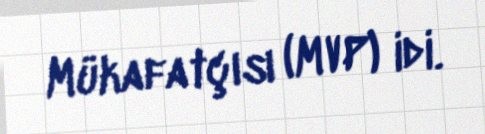
Mükafatçısı (MVP) idi.